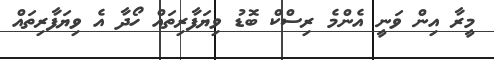
މީރާ އިން ވަނީ އެންމެ ރިސްކް ބޮޑު ވިޔަފާރިތައް ހޯދާ އެ ވިޔަފާރިތައް